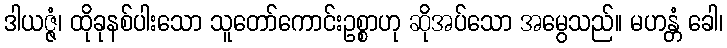
ဒါယဇ္ဇံ၊ ထိုခုနစ်ပါးသော သူတော်ကောင်းဥစ္စာဟု ဆိုအပ်သော အမွေသည်။ မဟန္တံ ခေါ၊